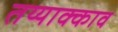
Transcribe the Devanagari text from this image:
तय्याक्काव